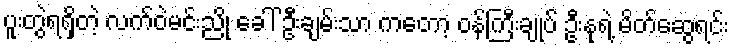
ပူးတွဲရရှိတဲ့ လက်ဝဲမင်းညို ခေါ် ဦးချမ်းသာ ကတော့ ဝန်ကြီးချုပ် ဦးနုရဲ့ မိတ်ဆွေရင်း